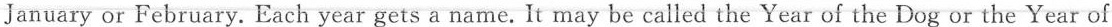
January or February. Each year gets a name.It may be called the Year of the Dog or the Year of